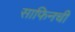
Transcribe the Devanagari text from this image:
साफिनची